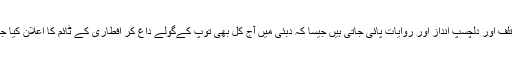
اسلامی ممالک میں سحری اور افطاری کے اوقات کے اعلان کے لیے مختلف اور دلچسپ انداز اور روایات پائی جاتی ہیں جیسا کہ دبئی میں آج کل بھی توپ کےگولے داغ کر افطاری کے ٹائم کا اعلان کیا جاتا ہے، افطار کے وقت پورا دبئی شہر توپوں کی آواز سے گونج اٹھتا ہے۔